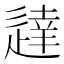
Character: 𫐳